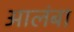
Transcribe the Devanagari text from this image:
आलंबा